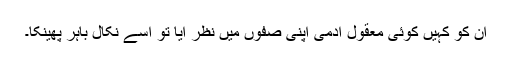
ان کو کہیں کوئی معقول آدمی اپنی صفوں میں نظر آیا تو اسے نکال باہر پھینکا۔